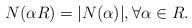
LaTeX: \begin{align*}N(\alpha R)=|N(\alpha)|, \forall \alpha \in R .\end{align*}